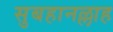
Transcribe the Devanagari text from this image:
सुबहानल्लाह